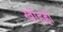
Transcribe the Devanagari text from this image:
खोडही